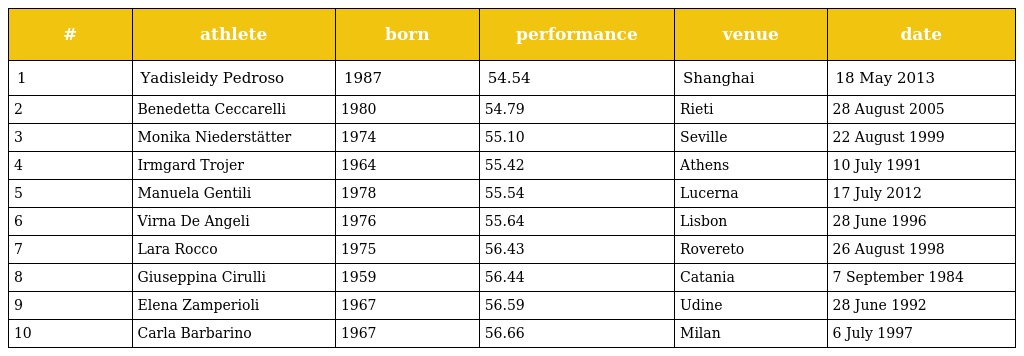
| # | athlete | born | performance | venue | date |
 | --- | --- | --- | --- | --- | --- |
 | 1 | Yadisleidy Pedroso | 1987 | 54.54 | Shanghai | 18 May 2013 |
 | 2 | Benedetta Ceccarelli | 1980 | 54.79 | Rieti | 28 August 2005 |
 | 3 | Monika Niederstätter | 1974 | 55.10 | Seville | 22 August 1999 |
 | 4 | Irmgard Trojer | 1964 | 55.42 | Athens | 10 July 1991 |
 | 5 | Manuela Gentili | 1978 | 55.54 | Lucerna | 17 July 2012 |
 | 6 | Virna De Angeli | 1976 | 55.64 | Lisbon | 28 June 1996 |
 | 7 | Lara Rocco | 1975 | 56.43 | Rovereto | 26 August 1998 |
 | 8 | Giuseppina Cirulli | 1959 | 56.44 | Catania | 7 September 1984 |
 | 9 | Elena Zamperioli | 1967 | 56.59 | Udine | 28 June 1992 |
 | 10 | Carla Barbarino | 1967 | 56.66 | Milan | 6 July 1997 |